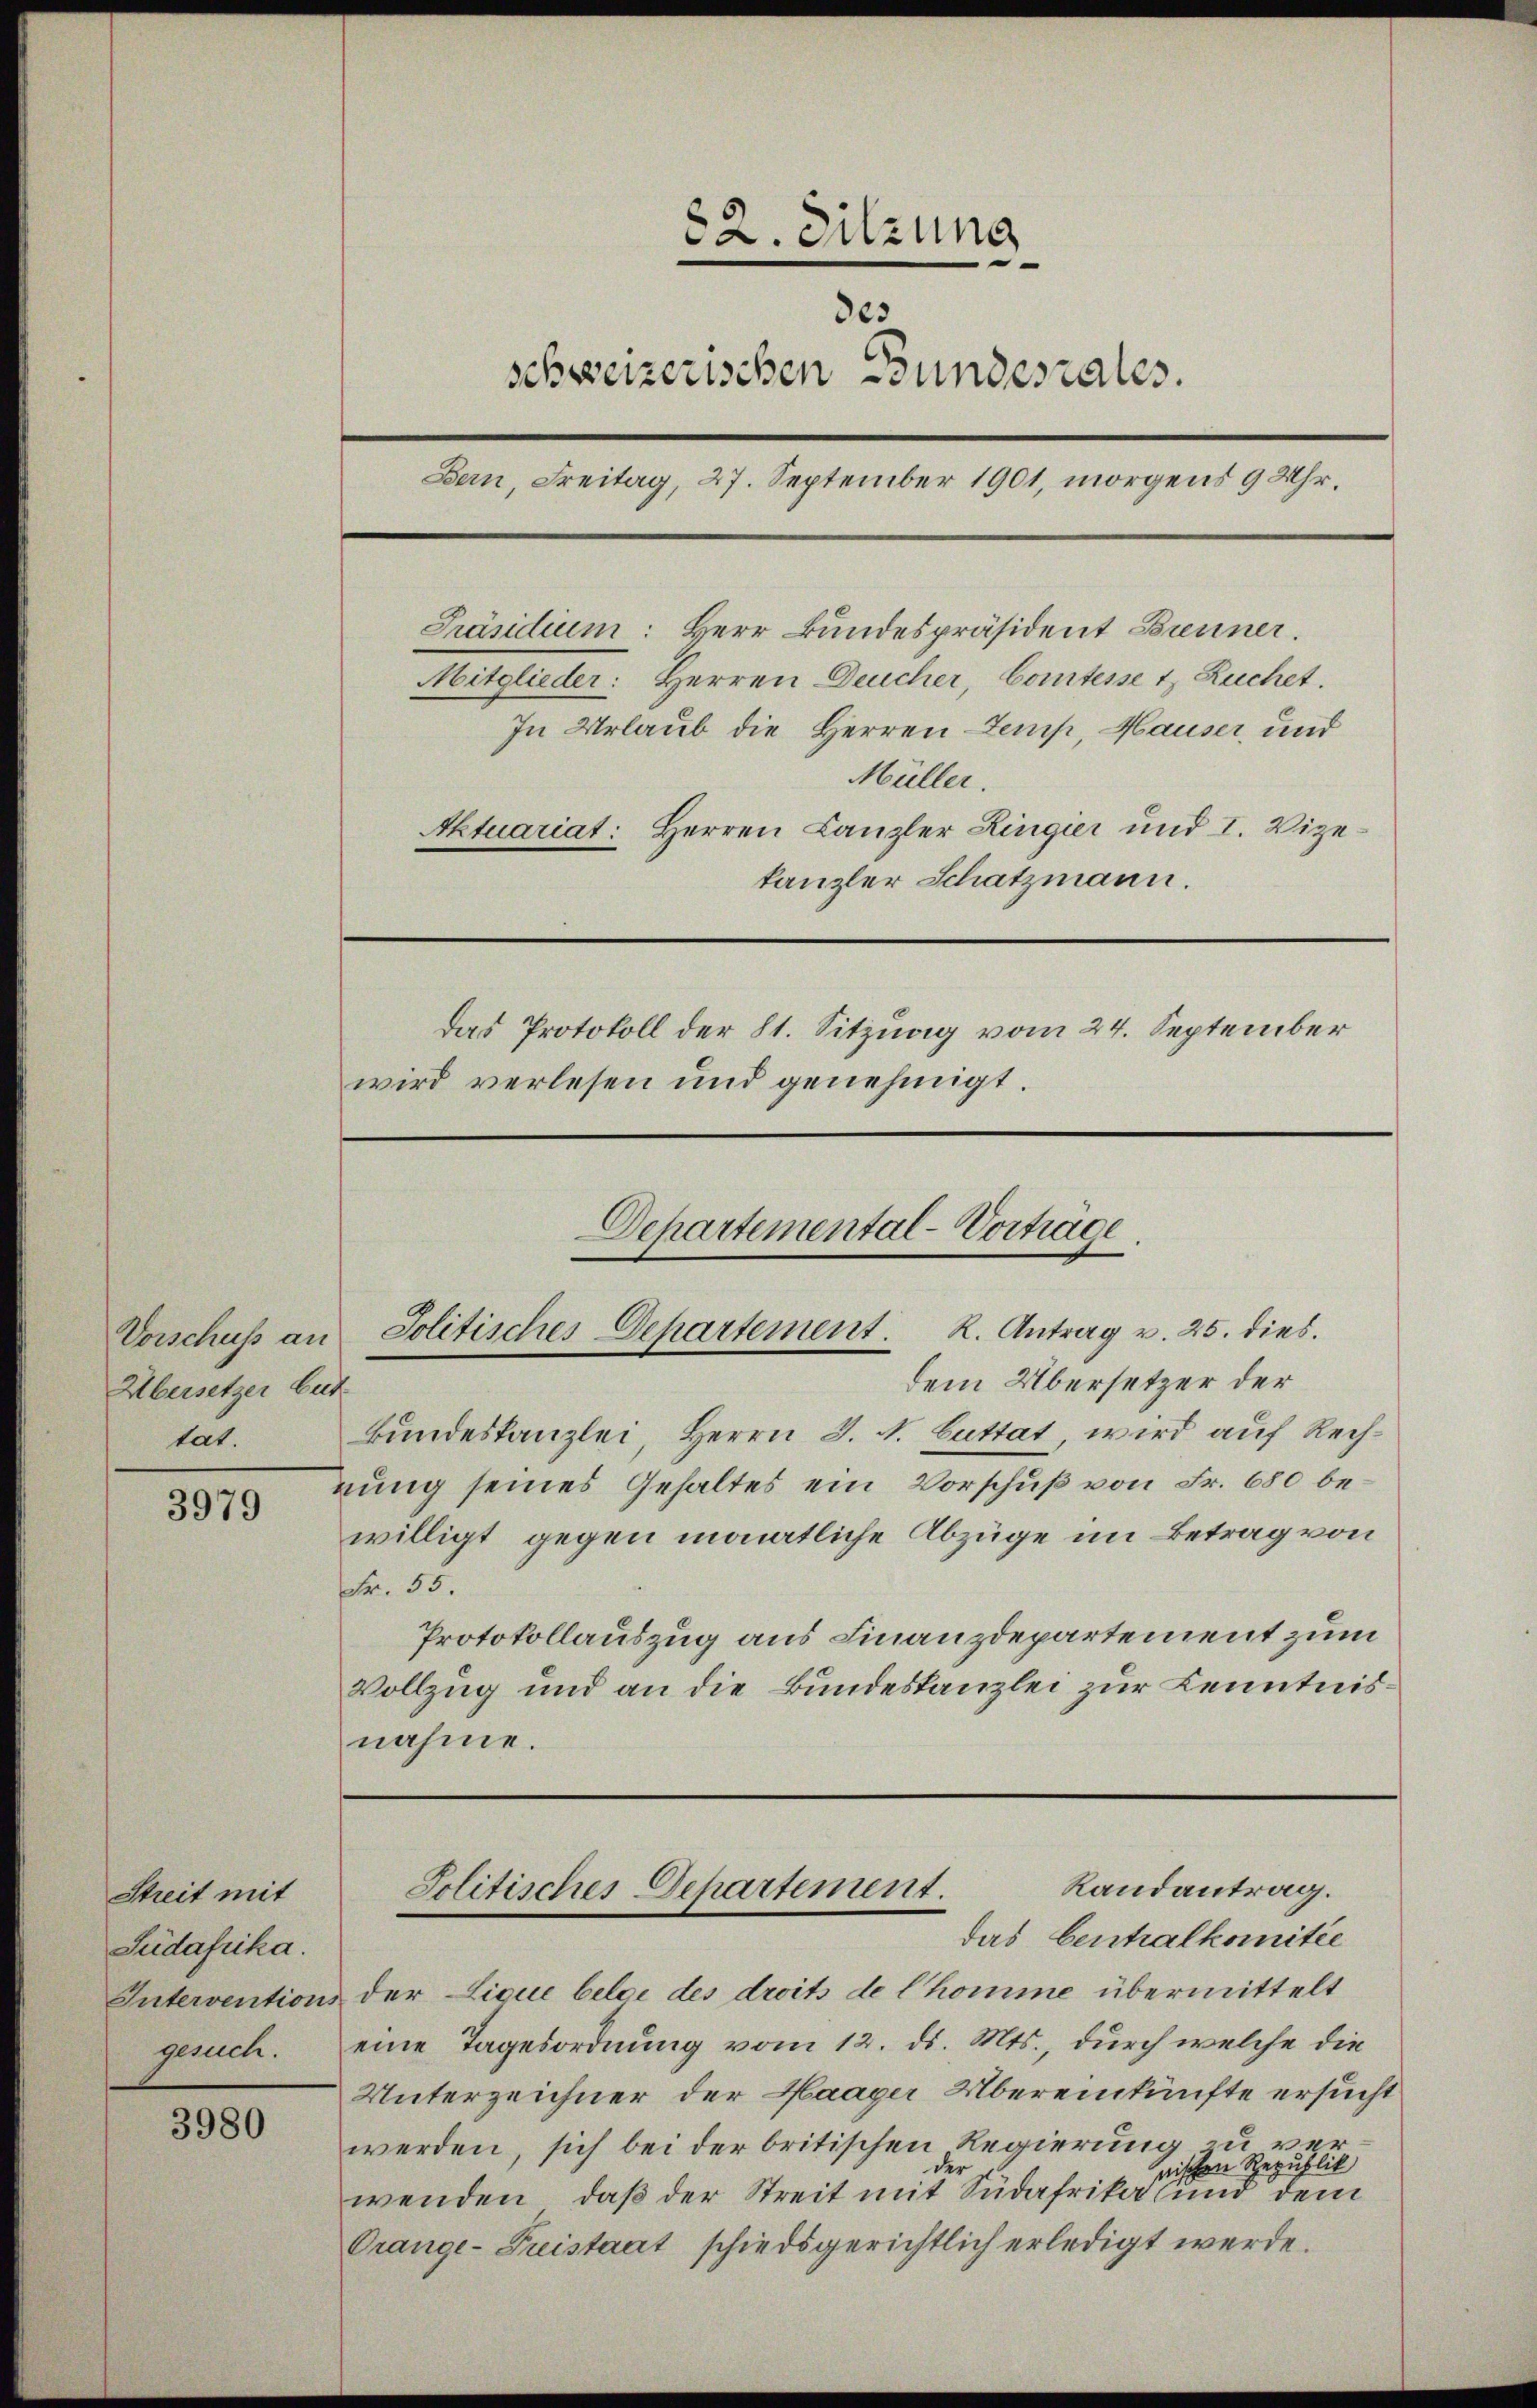
Übersetzer beit
tat.

3979

Streit mit
Judafrika.
Interventions
gesuch.

3980

82. Sitzung
des
schweizerischen Bundesrates.
Bern, Freitag, 27. September 1901, morgens 9 Uhr.
Präsidium: Herr Bundespräsident Brenner.
Mitglieder: Herren Deucher, Comtesse 1 Ruchet.
In Urlaub die Herren Temp, Hauser, und
Müller.
Aktuariat: Herren Canzler Zingier und I. Vizekanzler Schatzmann.
Das Protokoll der St. Sitzung vom 24. September
wird verlesen und genehmigt.
Departemental-Vorträge.
Vorschuss an Politisches Departement. K. Antrag v. 25. dies
dem Übersetzer der
Bundestanzlei, Herrn J. A. Guttat, wird auf Rechnung seines Gehaltes ein Vorschuß von Fr. 680 be¬

willigt gegen monatliche Abzüge im Betrag von
Fr. 55.
Protokollauszug aus Finanzdepartement zum
Vollzug und an die Bundeskanzlei zur Kenntnisnahme.

Randantrag.
Solitisches Departement.
das Centralkomitée

der Lique belge des droits de l’homme übermittelt
eine Tagesordnung vom 12. ds. Mts., durch welche die
Unterzeichner der Haager Übereinkünfte ersucht
werden, sich bei der britischen Regierung zu vernischen Republik
wenden, daß der Streit mit Südafrika und dem
Orange- Preistaat schiedsgerichtlich erledigt werde.